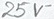
Text: 25V